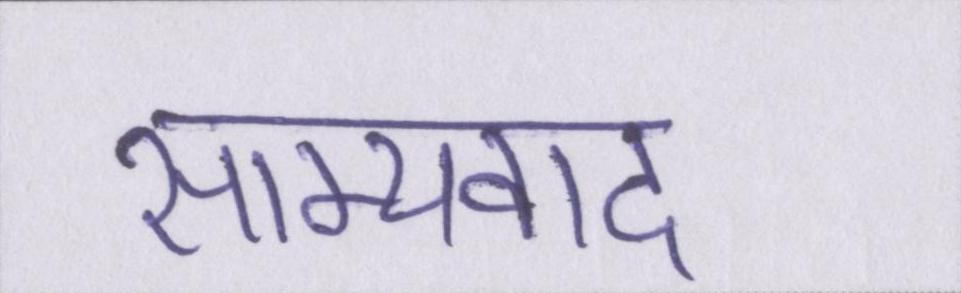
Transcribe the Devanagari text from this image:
साम्यवाद